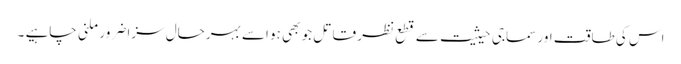
اس کی طاقت اور سماجی حیثیت سے قطع نظر قاتل جو بھی ہو اسے بہرحال سزا ضرور ملنی چاہیے ۔